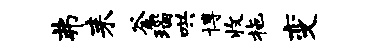
弗耒釜瑙哄博收拖变